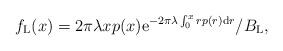
LaTeX: \begin{align*}f_\mathrm{L}(x)=2\pi\lambda xp(x)\mathrm{e}^{-2\pi\lambda\int_{0}^{x}rp(r)\mathrm{d}r}/B_\mathrm{L},\end{align*}